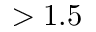
> 1 . 5